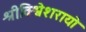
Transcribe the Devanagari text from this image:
श्रीविश्वेशरायो